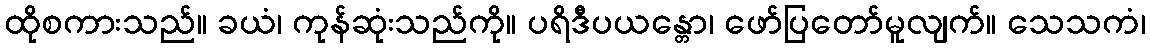
ထိုစကားသည်။ ခယံ၊ ကုန်ဆုံးသည်ကို။ ပရိဒီပယန္တော၊ ဖော်ပြတော်မူလျက်။ သေသကံ၊